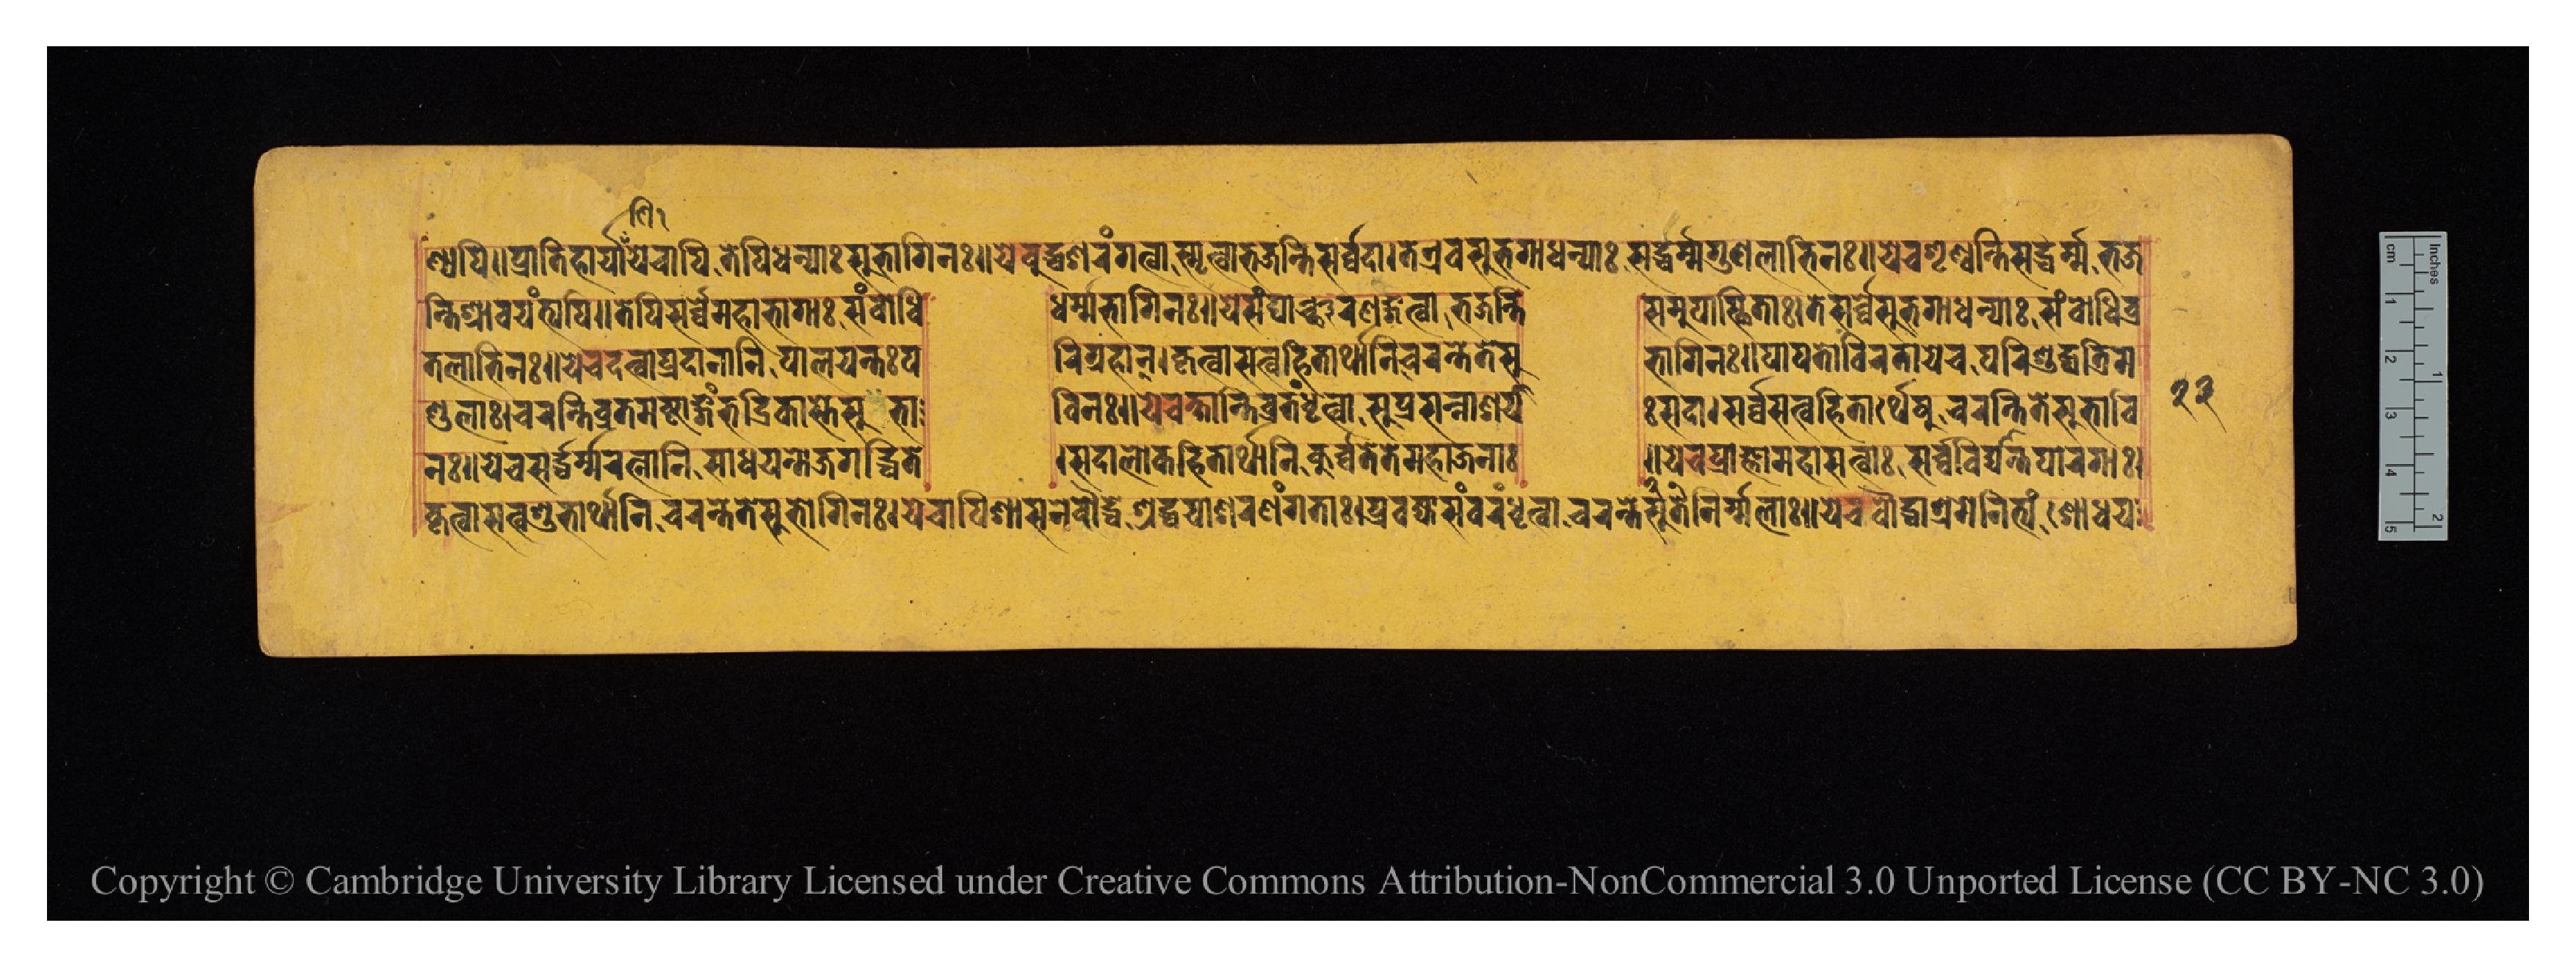
𑐞𑑂𑐫𑐥𑐶𑑋𑐥𑑂𑐬𑐵𑐟𑐶𑐴𑐵𑐬𑑂𑐫𑐵𑐫𑐾𑐔𑐵𑐥𑐶𑐟𑐾𑐥𑐶𑐢𑐣𑑂𑐫𑐵𑑅𑐳𑐸𑐨𑐵𑐐𑐶𑐣𑑅𑑋𑐫𑐾𑐧𑐸𑐡𑑂𑐢𑐱𑐬𑐞𑑄𑐐𑐟𑑂𑐰𑐵𑐳𑑂𑐩𑐺𑐟𑑂𑐰𑐵𑐨𑐖𑐣𑑂𑐟𑐶𑐳𑐬𑑂𑐰𑑂𑐰𑐡𑐵𑑋𑐟𑐾𑐊𑐰𑐳𑐸𑐨𑐐𑐵𑐢𑐣𑑂𑐫𑐵𑑅𑐳𑐡𑑂𑐢𑐬𑑂𑐩𑑂𑐩𑐐𑐸𑐞𑐮𑐵𑐨𑐶𑐣𑑅𑑋𑐫𑐾𑐔𑐱𑐺𑐞𑑂𑐰𑐣𑑂𑐟𑐶𑐳𑐡𑑂𑐢𑐬𑑂𑐩𑑂𑐩𑐨𑐖 𑐣𑑂𑐟𑐶𑐱𑑂𑐬𑐵𑐰𑐫𑐣𑑂𑐟𑑂𑐫𑐥𑐶𑑌𑐟𑐾𑐥𑐶𑐳𑐬𑑂𑐰𑑂𑐰𑐾𑐩𑐴𑐵𑐨𑐵𑐐𑐵𑑅𑐳𑑄𑐧𑑀𑐢𑐶  𑐢𑐬𑑂𑐩𑑂𑐩𑐨𑐵𑐐𑐶𑐣𑑅𑑋𑐫𑐾𑐳𑑄𑐑𑐵𑐣𑑂𑐔𑐱𑐬𑐞𑑄𑐐𑐟𑑂𑐰𑐵𑐨𑐖𑐣𑑂𑐟𑐶  𑐳𑐩𑐸𑐥𑐳𑑂𑐠𑐶𑐟𑐵𑑅𑑋𑐟𑐾𑐳𑐬𑑂𑐰𑑂𑐰𑐾𑐳𑐸𑐨𑐐𑐵𑐢𑐣𑑂𑐫𑐵𑑅𑐳𑑄𑐧𑑀𑐢𑐶𑐰𑑂𑐬 𑐟𑐮𑐵𑐨𑐶𑐣𑑅𑑌𑐫𑐾𑐔𑐡𑐟𑑂𑐰𑐵𑐥𑑂𑐬𑐡𑐵𑐣𑐵𑐣𑐶𑐥𑐵𑐮𑐫𑐣𑑂𑐟𑑅𑐥  𑐬𑐶𑐐𑑂𑐬𑐴𑐵𑐣𑑂𑑋𑐎𑐺𑐟𑑂𑐰𑐵𑐳𑐟𑑂𑐰𑐴𑐶𑐟𑐬𑑂𑐠𑐵𑐣𑐶𑐔𑐬𑐣𑑂𑐟𑐾𑐟𑐾𑐳𑐸  𑐨𑐵𑐐𑐶𑐣𑑅𑑋𑐥𑐵𑐥𑐟𑑀𑐰𑐶𑐬𑐟𑐵𑐫𑐾𑐔𑐥𑐬𑐶𑐱𑐸𑐡𑑂𑐢𑐟𑑂𑐬𑐶𑐩 𑐞𑑂𑐜𑐮𑐵𑑅𑑋𑐔𑐬𑐣𑑂𑐟𑐶𑐰𑑂𑐬𑐟𑐩𑐲𑑂𑐚𑐵𑑄𑐐𑑄𑐨𑐡𑑂𑐬𑐶𑐎𑐵𑐳𑑂𑐟𑐾𑐳𑐸𑐨𑐵  𑐰𑐶𑐣𑑅𑑌𑐫𑐾𑐔𑐎𑑂𑐲𑐵𑐣𑑂𑐟𑐶𑐰𑑂𑐬𑐟𑑄𑐢𑐺𑐟𑑂𑐰𑐵𑐀𑐳𑐸𑐥𑑂𑐬𑐳𑐣𑑂𑐣𑐵𑐱𑐫𑐵  𑑅𑐳𑐡𑐵𑑋𑐳𑐬𑑂𑐰𑑂𑐰𑐳𑐟𑑂𑐰𑐴𑐶𑐟𑐵𑐬𑑂𑐠𑐾𑐲𑐸𑐔𑐬𑐣𑑂𑐟𑐶𑐟𑐾𑐳𑐸𑐨𑐵𑐰𑐶 𑐣𑑅𑑋𑐫𑐾𑐔𑐳𑐡𑑂𑐢𑐬𑑂𑐩𑑂𑐩𑐬𑐟𑑂𑐣𑐵𑐣𑐶𑐳𑐵𑐢𑐫𑐣𑑂𑐟𑑀𑐖𑐐𑐡𑑂𑐢𑐶𑐟𑐾  𑑋𑐳𑐡𑐵𑐮𑑀𑐎𑐴𑐶𑐟𑐵𑐬𑑂𑐠𑐵𑐣𑐶𑐎𑐸𑐬𑑂𑐰𑑄𑐟𑐾𑐟𑐾𑐩𑐴𑐵𑐖𑐣𑐵𑑅  𑑌𑐫𑐾𑐔𑐟𑐟𑐩𑐴𑐵𑐳𑐟𑑂𑐰𑐵𑐳𑐬𑑂𑐰𑑂𑐰𑐰𑐶𑐡𑑂𑐫𑐵𑐣𑑂𑐟𑐥𑐵𑐬𑐐𑐵𑑅𑑋 𑐎𑐺𑐟𑑂𑐰𑐵𑐳𑐟𑑂𑐰𑐱𑐸𑐨𑐵𑐬𑑂𑐠𑐵𑐣𑐶𑐔𑐬𑐣𑑂𑐟𑐾𑐟𑐾𑐳𑐸𑐨𑐵𑐐𑐶𑐣𑑅𑑋𑐫𑐾𑐔𑐵𑐥𑐶𑐱𑐵𑐳𑐣𑐾𑐧𑑁𑐡𑑂𑐢𑐾𑐱𑑂𑐬𑐡𑑂𑐢𑐫𑐵𑐱𑐬𑐞𑑄𑐐𑐟𑐵𑑅𑑋𑐥𑑂𑐬𑐰𑐖𑑂𑐫𑐵𑐳𑑄𑐰𑐬𑑄𑐢𑐺𑐟𑑂𑐰𑐵𑐔𑐬𑐣𑑂𑐟𑐾𑐟𑐾𑐳𑐸𑐣𑐶𑐬𑑂𑐩𑐮𑐵𑑅𑑌𑐫𑐾𑐔𑐧𑑁𑐡𑑂𑐢𑐵𑐱𑑂𑐬𑐩𑐾𑐣𑐶𑐟𑑂𑐫𑑄𑐱𑑀𑐢𑐫 𑑒𑑓